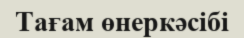
Тағам өнеркәсібі